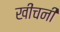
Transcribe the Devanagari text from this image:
खींचनी